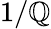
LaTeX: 1/\mathbb{Q}